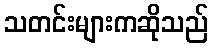
သတင်းများကဆိုသည်